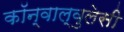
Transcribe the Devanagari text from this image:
कॉन्वाल्वुलेसी